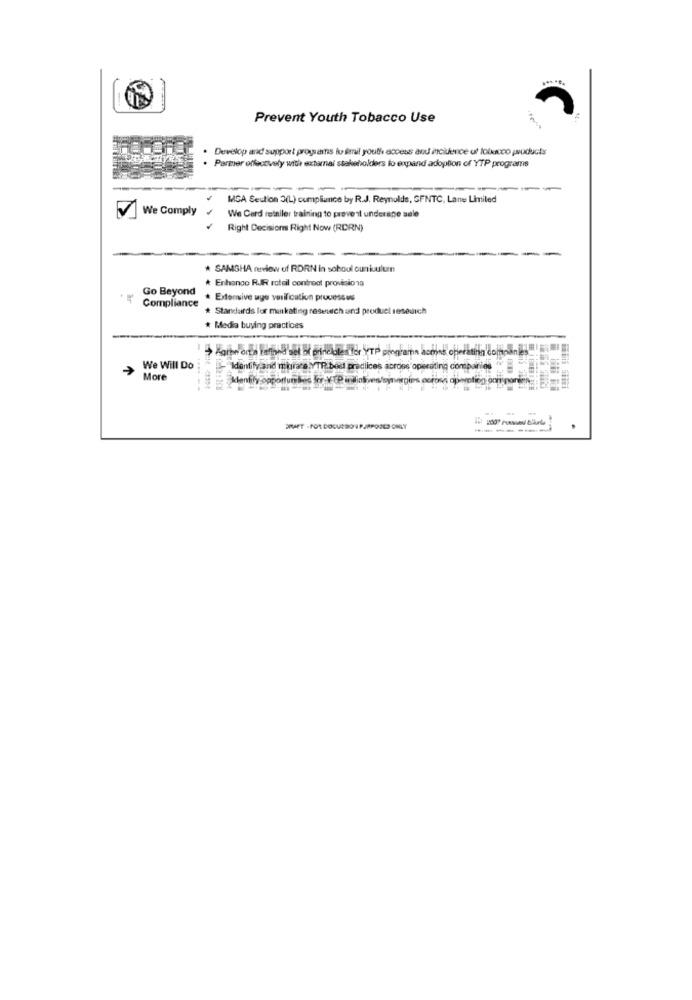
Prevent Youth Tobacco Use
Develop and support programns lu simil youth access and incidence of lolucco ,woducts
Parmer effectively with external stakeholders to expand adoption of YTP programs
-----
MGA Section 3(L) compliance by R.J. Reynolds, SFNTC, Lane Liniled
We Comply
We Card retailer training to prevent underane sele
Right Decisions Right Now (RDRN)
-
* SAMSHA review of RDRN In school ounkuulum
* Enhanco RJR roteil controot provisiona
Go Beyond
Extensive age verification processus
Compliance
Standards for marketing research and product research
* Media buying practices
We Will Do
"Identity and murate.VTR. best practices across operating companies "
More
klentity opportun bes for -YEP india
DIAET - FOR DOCUSSON P.JAPODES ONLY